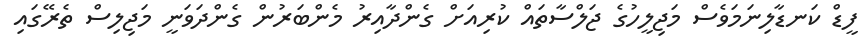
ފީޑް ކަނޑާލިނަމަވެސް މަޖިލީހުގެ ޖަލްސާތައް ކުރިއަށް ގެންދާއިރު މެންބަރުން ގެންދަވަނީ މަޖިލިސް ތެރޭގައި